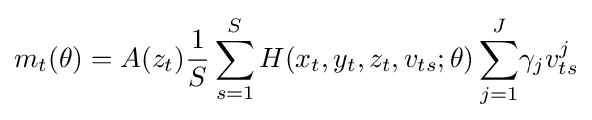
m_{t}(\theta )=A(z_{t}){\frac {1}{S}}\sum _{s=1}^{S}H(x_{t},y_{t},z_{t},v_{ts};\theta )\sum _{j=1}^{J}\!\gamma _{j}v_{ts}^{j}